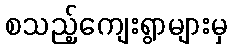
စသည့်ကျေးရွာများမှ